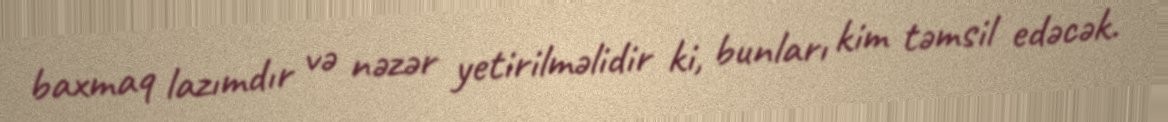
baxmaq lazımdır və nəzər yetirilməlidir ki, bunları kim təmsil edəcək.